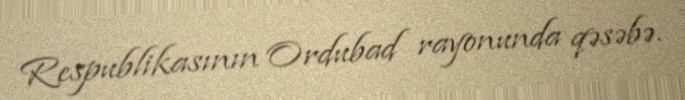
Respublikasının Ordubad rayonunda qəsəbə.